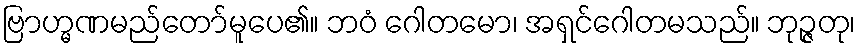
ဗြာဟ္မဏမည်တော်မူပေ၏။ ဘဝံ ဂေါတမော၊ အရှင်ဂေါတမသည်။ ဘုဉ္ဇတု၊